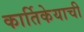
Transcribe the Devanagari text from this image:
कार्तिकेयाची